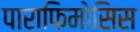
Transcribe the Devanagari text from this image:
पाराफिमोसिस